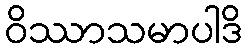
ဝိဿာသမာပါဒိ